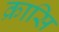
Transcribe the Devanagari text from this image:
क्रासि